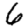
Digit: 6